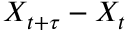
X _ { t + \tau } - X _ { t }